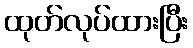
ထုတ်လုပ်ထားပြီး